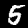
Digit: 5